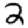
Digit: 2